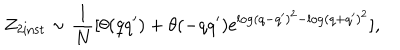
LaTeX: Z _ { 2 \mathrm { i n s t } } \sim \frac { 1 } { N } [ \theta ( q q ^ { \prime } ) + \theta ( - q q ^ { \prime } ) \mathrm { e } ^ { \log ( q - q ^ { \prime } ) ^ { 2 } - \log ( q + q ^ { \prime } ) ^ { 2 } } ] ,